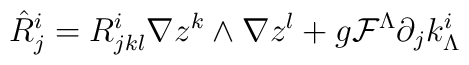
\hat R^i_j= R_{jkl}^i \nabla z^k \wedge \nabla z^l + g{\cal F}^\Lambda \partial_j k^i_\Lambda